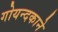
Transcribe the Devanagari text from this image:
गोयन्‍दकाने